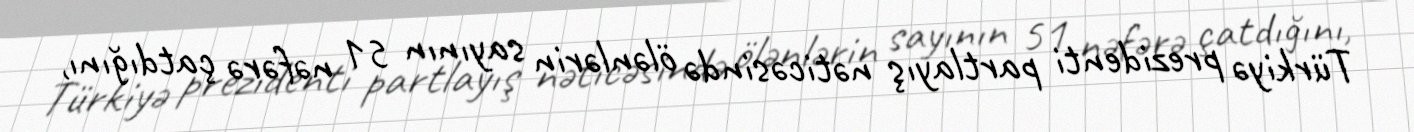
Türkiyə prezidenti partlayış nəticəsində ölənlərin sayının 51 nəfərə çatdığını,